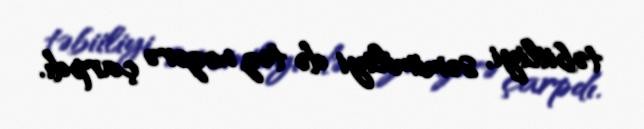
təbiiliyi, səmimiliyi də tez nəzərə çarpdı.